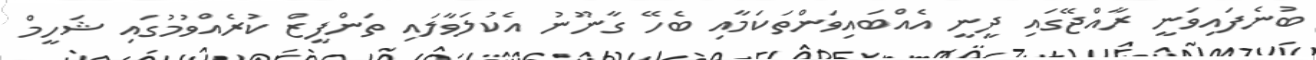
ބުނެފައިވަނީ ރާއްޖޭގައި ދީނީ އެއްބައިވަންތަކަމާއި ބެހޭ ގާނޫނު އެކުލަވާލައި ތަންފީޒް ކުރެއްވުމުގައި ޝަހީމް